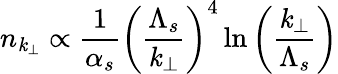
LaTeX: n_{\mathit{k}_{\perp}}\propto{\frac{{1}}{{\alpha_{s}}}}\left({\frac{{\Lambda_{s}}}{{\mathit{k}_{\perp}}}}\right)^{4}\ln\left({\frac{{\mathit{k}_{\perp}}}{{\Lambda_{s}}}}\right)